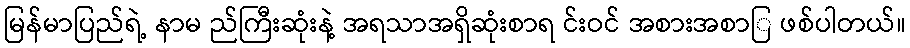
မြန်မာပြည်ရဲ့ နာမ ည်ကြီးဆုံးနဲ့ အရသာအရှိဆုံးစာရ င်းဝင် အစားအစာြ ဖစ်ပါတယ်။